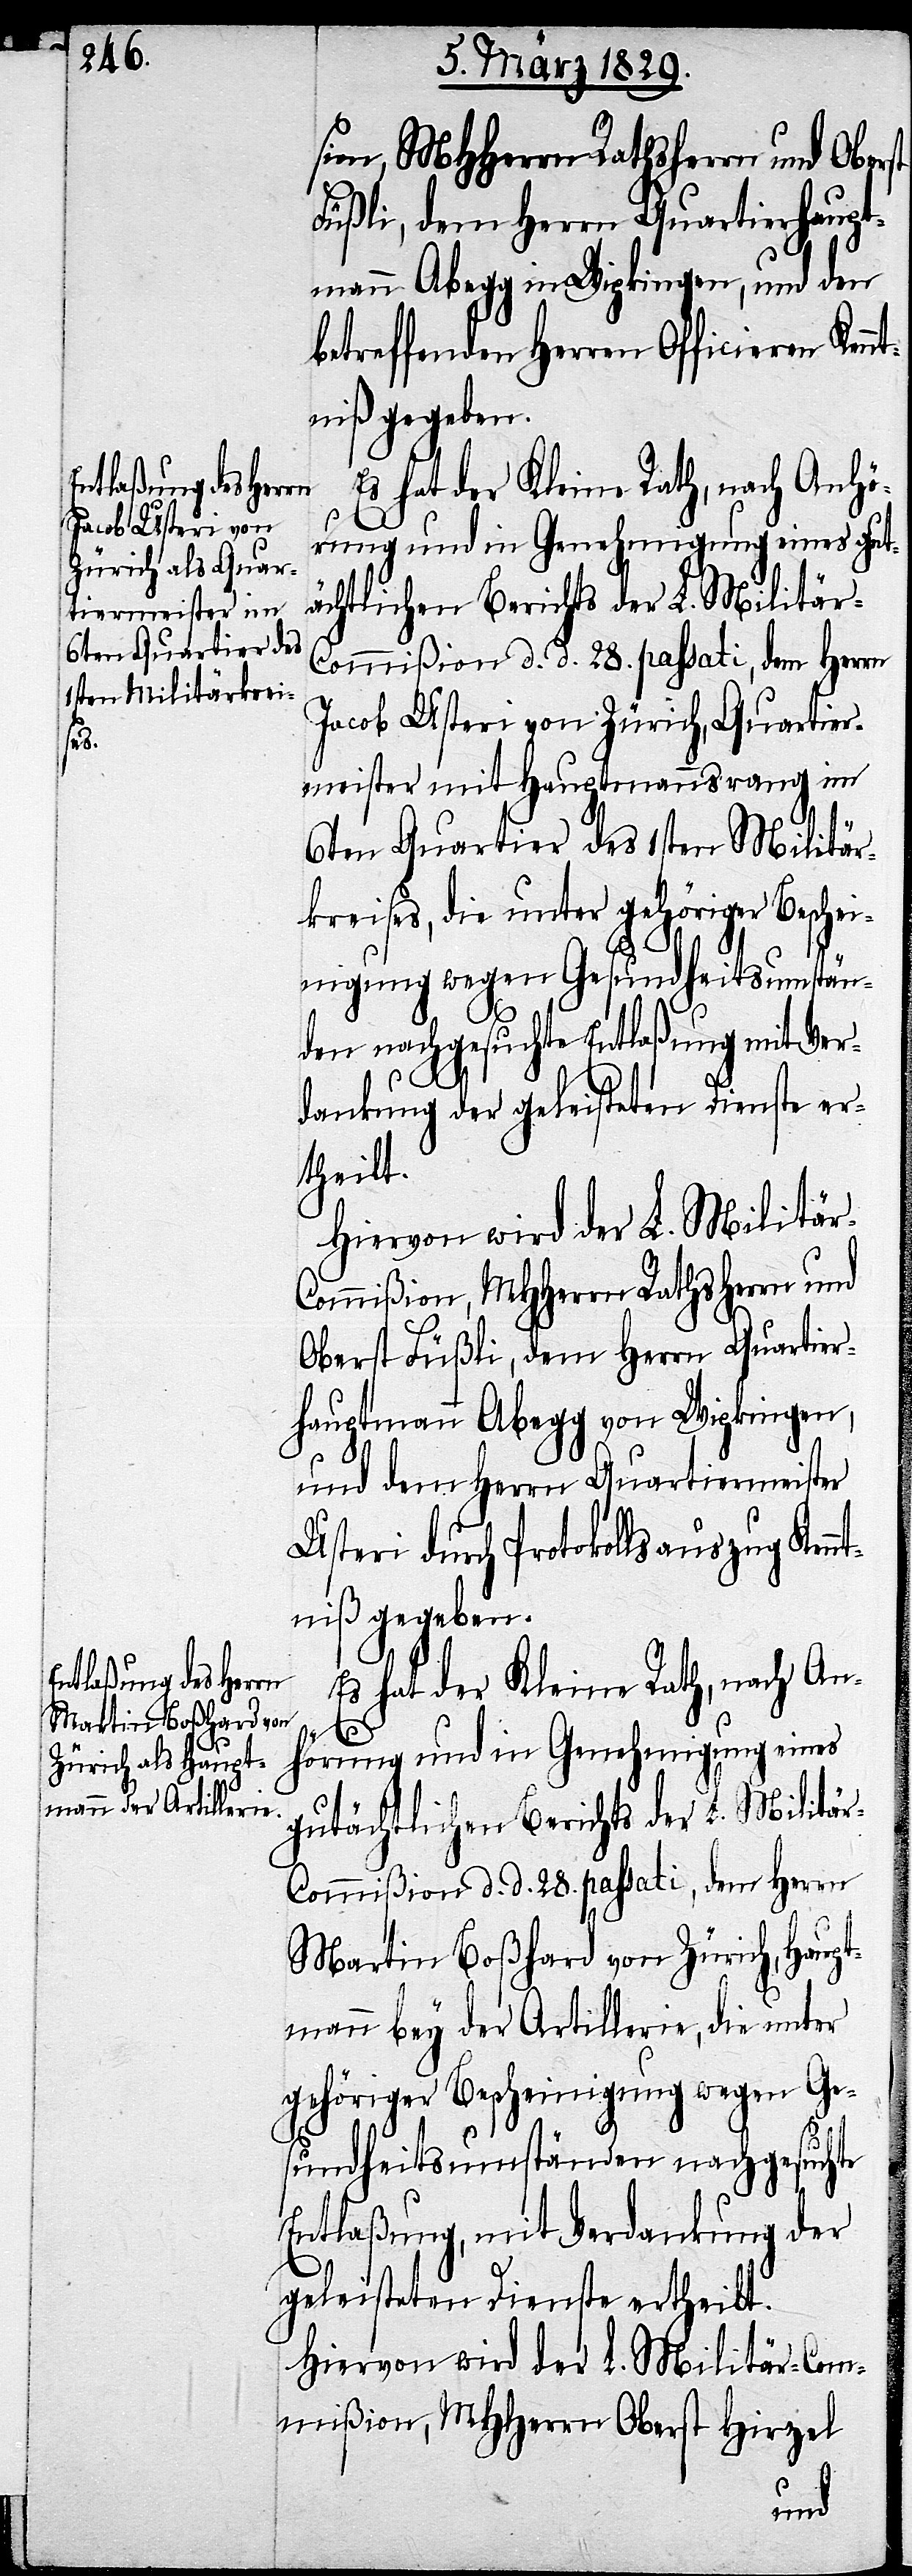
sion, MHHerrn Rathsherrn und Oberst
Füßli, dem Herrn Quartierhaupt¬
mann Abegg in Wipkingen, und den
betreffenden Herren Officieren Kennt¬
niß gegeben.
r-Commißion d. d. 28. passati, dem Herrn
Jacob Usteri von Zürich, Quartier¬
meister mit Hauptmannsrang im
6ten Quartier des 1sten Militär¬
kreises, die unter gehöriger Besche¬
inigung wegen Gesundheitsumstän¬
den nachgesuchte Entlaßung mit Ver¬
dankung der geleisteten Dienste er¬
theilt.
ommißion, MHHerrn Rathsherrn und
Oberst Füßli, dem Herrn Quartie¬
r-Hauptmann Abegg von Wipkingen,
und dem Herrn Quartiermeister
Usteri durch Protokollsauszug Kenn¬
tniß gegeben.
Es hat der Kleine Rath, nach An¬
hörung und in Genehmigung eines
gutächtlichen Berichts der L. Militä¬
r-Commißion d. d. 28. passati, dem Herrn
Martin Boßhard von Zürich, Haupt¬
mann bey der Artillerie, die unter
gehöriger Bescheinigung wegen Ge¬
sundheitsumständen nachgesuchte
Entlaßung, mit Verdankung der
geleisteten Dienste ertheilt.
Hiervon wird der L. Militär-Com¬
mißion, MHHerrn Oberst Hirzel